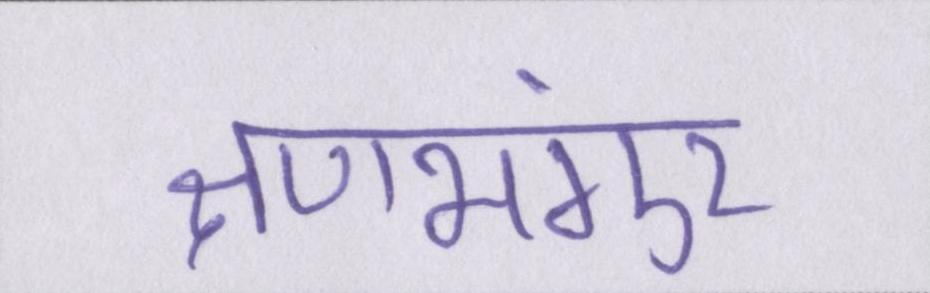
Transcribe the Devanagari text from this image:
क्षणभंगुर